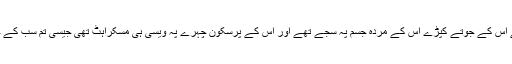
جب اس کی لاش ملی تو مجھے تم سب بہت یاد آئے اس کے جوتے کپڑے اس کے مردہ جسم پہ سجے تھے اور اس کے پرسکون چہرے پہ ویسی ہی مسکراہٹ تھی جیسی تم سب کے چہروں پہ تھی اور ہم تمہیں کیسے بھول سکتے ہیں۔